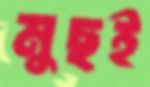
মুছই